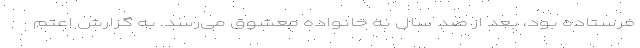
فرستاده بود، بعد از صد سال به خانواده معشوق می‌رسد. به گزارش اعتم